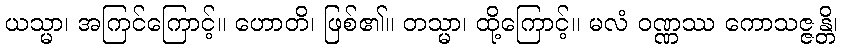
ယသ္မာ၊ အကြင်ကြောင့်။ ဟောတိ၊ ဖြစ်၏။ တသ္မာ၊ ထို့ကြောင့်။ မလံ ဝဏ္ဏဿ ကောသဇ္ဇန္တိ၊